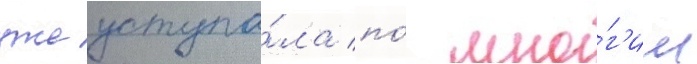
уже уступа́ла по́ мно́г'им